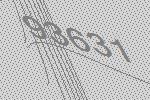
93631